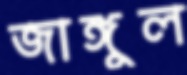
জাঙ্গুল